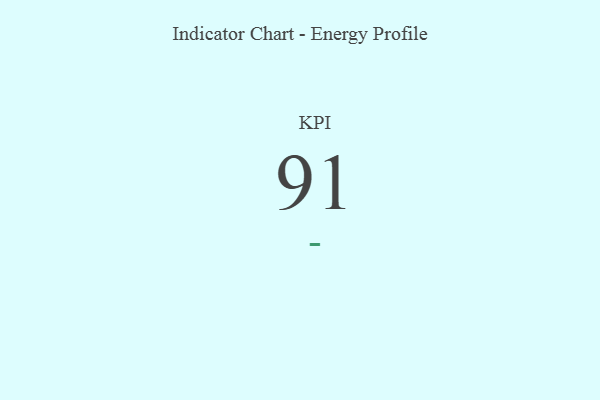
{"axis": {"x": "KPI", "y": "Value"}, "legend": [""], "data": [{"x": "KPI", "y": 91, "type": ""}]}